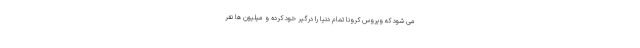
می شود که ویروس کرونا تمام دنیا را درگیر خود کرده و میلیون ها نفر